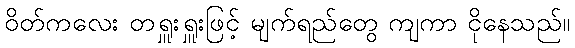
ဝိတ်ကလေး တရှူးရှူးဖြင့် မျက်ရည်တွေ ကျကာ ငိုနေသည်။